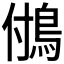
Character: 𩿧